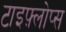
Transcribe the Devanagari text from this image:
टाइफ़्लोप्स